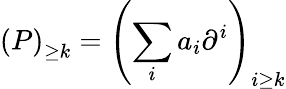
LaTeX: \left(P\right)_{\geq k}=\left(\sum_{i}a_{i}\partial^{i}\right)_{i\geq k}